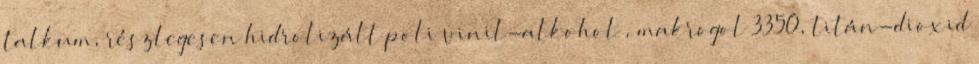
talkum, részlegesen hidrolizált poli vinil-alkohol , makrogol 3350, titán-dioxid